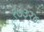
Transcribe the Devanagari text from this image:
१७३२४